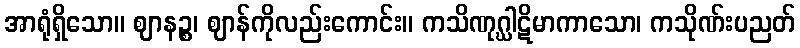
အာရုံရှိသော။ ဈာနဉ္စ၊ ဈာန်ကိုလည်းကောင်း။ ကသိဏုဂ္ဃါဋိမာကာသော၊ ကသိုဏ်းပညတ်